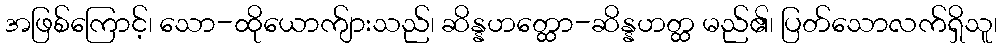
အဖြစ်ကြောင့်၊ သော-ထိုယောက်ျားသည်၊ ဆိန္နဟတ္ထော-ဆိန္နဟတ္ထ မည်၏၊ ပြတ်သောလက်ရှိသူ၊